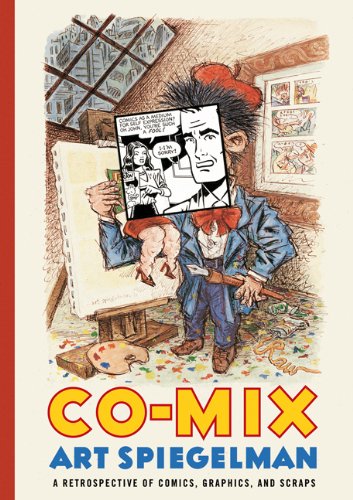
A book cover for Co-Mix: A Retrospective of Comics, Graphics, and Scraps; Art Spiegelman; Comics & Graphic Novels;